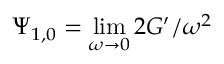
\Psi _ { 1 , 0 } = \operatorname* { l i m } _ { \omega \to 0 } 2 G ^ { \prime } / \omega ^ { 2 }